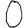
Digit: 0